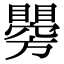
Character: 𥌂